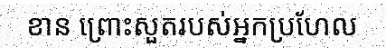
ខាន ព្រោះសួតរបស់អ្នកប្រហែល